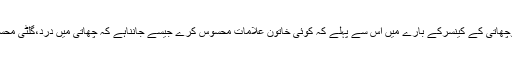
اسکریننگ کامقصدجتناجلدی ممکن ہوچھاتی کے کینسرکے بارے میں اس سے پہلے کہ کوئی خاتون علامات محسوس کرے جیسے جانناہے کہ چھاتی میں درد،گلٹی محسوس کرنایاچھاتی میں دوسری تبدیلیا۔